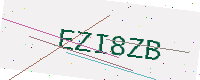
Text: EZI8ZB